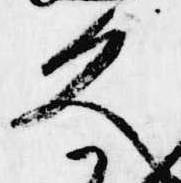
久